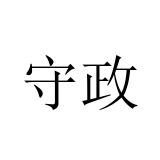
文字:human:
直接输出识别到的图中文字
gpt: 守政